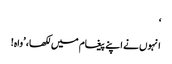
‘
انہوں نے اپنے پیغام میں لکھا، ’واہ!